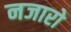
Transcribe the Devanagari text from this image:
नजारो